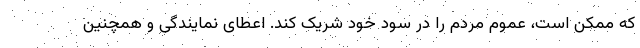
که ممکن است، عموم مردم را در سود خود شریک کند. اعطای نمایندگی و همچنین